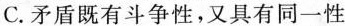
C.矛盾既有斗争性，又具有同一性